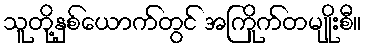
သူတို့နှစ်ယောက်တွင် အကြိုက်တမျိုးစီ။